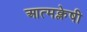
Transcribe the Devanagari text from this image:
आत्मक्लेषी